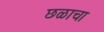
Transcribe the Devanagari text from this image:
छळाचा